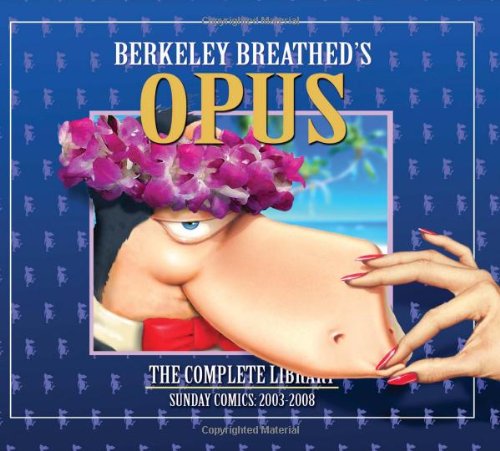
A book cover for OPUS by Berkeley Breathed: The Complete Sunday Strips from 2003-2008; Berkeley Breathed; Comics & Graphic Novels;